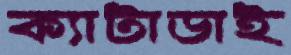
ক্যাটাডাই